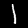
Digit: 1